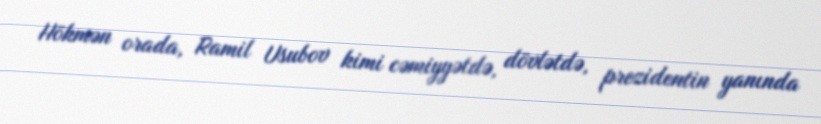
Hökmən orada, Ramil Usubov kimi cəmiyyətdə, dövlətdə, prezidentin yanında